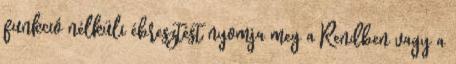
funkció nélküli ébresztést nyomja meg a Rendben vagy a